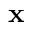
\mathbf { x }